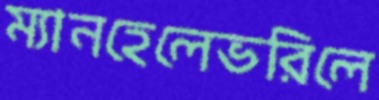
ম্যানহেলেভরিলে